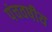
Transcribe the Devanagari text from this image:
पंचवषीय